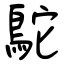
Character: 鴕